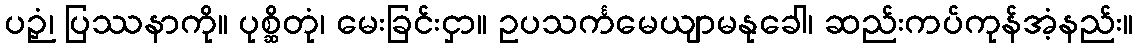
ပဉှံ၊ ပြဿနာကို။ ပုစ္ဆိတုံ၊ မေးခြင်းငှာ။ ဥပသင်္ကမေယျာမနုခေါ၊ ဆည်းကပ်ကုန်အံ့နည်း။